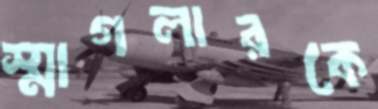
স্মাগলারকে